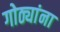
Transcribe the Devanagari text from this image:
गोठ्यांना